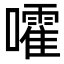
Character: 嚯